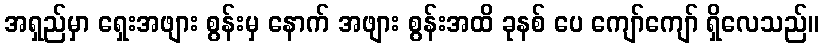
အရှည်မှာ ရှေးအဖျား စွန်းမှ နောက် အဖျား စွန်းအထိ ခုနစ် ပေ ကျော်ကျော် ရှိလေသည်။